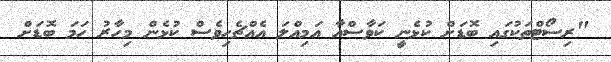
"ރިސޯޓްތަކުގައި ބޮޑަށް ކުޅެނީ ކަވާސްއާ އަމިއްލަ އެއްޗެހިވެސް ކުޅެން މިހާރު ހަމަ ބޮޑަށް